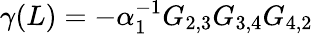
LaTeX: \gamma(L)=-\alpha_{1}^{-1}G_{2,3}G_{3,4}G_{4,2}